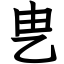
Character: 㐕